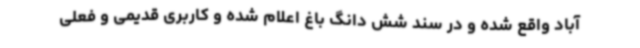
آباد واقع شده و در سند شش دانگ باغ اعلام شده و کاربری قدیمی و فعلی